Cholera in India, 1862 to 1881
Year: 1862
Disease focus: Cholera
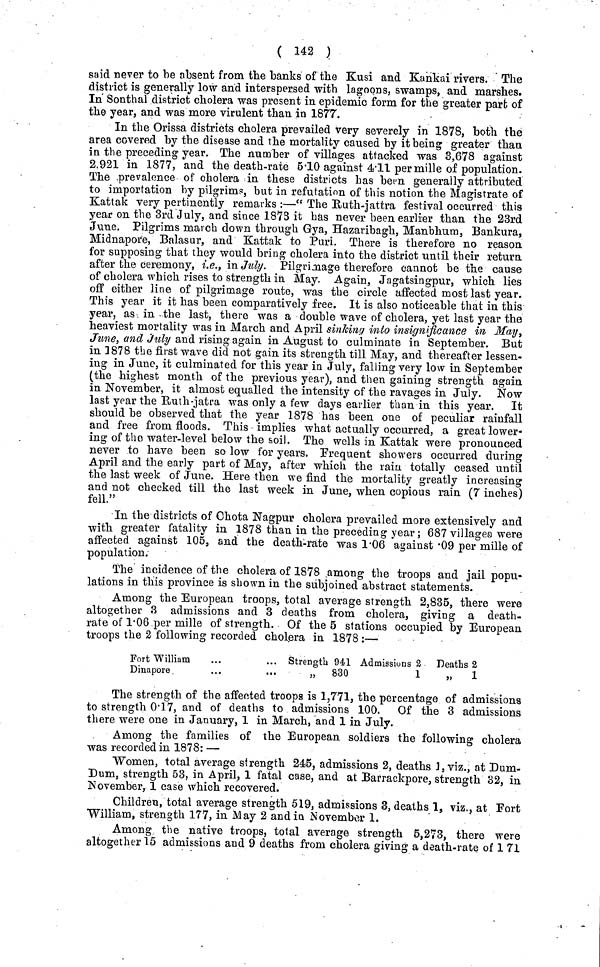
( 142 )
said never to be absent from the banks of the Kusi and Kankai rivers. The
district is generally low and interspersed with lagoons, swamps, and marshes.
In Sonthal district cholera was present in epidemic form for the greater part of
the year, and was more virulent than in 1877.
In the Orissa districts cholera prevailed very severely in 1878, both the
area covered by the disease and the mortality caused by it being greater than
in the preceding year. The number of villages attacked was 3,678 against
2.921 in 1877, and the death-rate 5·10 against 4·11 per mille of population.
The prevalence of cholera in these districts has been generally attributed
to importation by pilgrims, but in refutation of this notion the Magistrate of
Kattak very pertinently remarks :—" The Huth-jattra festival occurred this
year on the 3rd July, and since 1873 it has never been earlier than the 23rd
June. Pilgrims march down through Gya, Hazaribagh, Manbhum, Bankura,
Midnapore, Balasur, and Kattak to Puri. There is therefore no reason
for supposing that they would bring cholera into the district until their return
after the ceremony, i.e., in July. Pilgrimage therefore cannot be the cause
of cholera which rises to strength in May. Again, Jagatsingpur, which lies
off either line of pilgrimage route, was the circle affected most last year.
This year it it has been comparatively free. It is also noticeable that in this
year, as in the last, there was a double wave of cholera, yet last year the
heaviest mortality was in March and April sinking into insignificance in May,
June, and July and rising again in August to culminate in September. But
in 3878 the first wave did not gain its strength till May, and thereafter lessen-
ing in June, it culminated for this year in July, falling very low in September
(the highest month of the previous year), and then gaining strength again
in November, it almost equalled the intensity of the ravages in July. Now
last year the Ruth-jatra was only a few days earlier than in this year. It
should be observed that the year 1878 has been one of peculiar rainfall
and free from floods. This implies what actually occurred, a great lower-
ing of the water-level below the soil. The wells in Kattak were pronounced
never to have been so low for years. Frequent showers occurred during
April and the early part of May, after which the rain totally ceased until
the last week of June. Here then we find the mortality greatly increasing
and not checked till the last week in June, when copious rain (7 inches)
fell."
In the districts of Chota Nagpur cholera prevailed more extensively and
with greater fatality in 1878 than in the preceding year; 687 villages were
affected against 105, and the death-rate was 1·06 against ·09 per mille of
population.
The incidence of the cholera of 1878 among the troops and jail popu-
lations in this province is shown in the subjoined abstract statements.
Among the European troops, total average strength 2,835, there were
altogether 3 admissions and 3 deaths from cholera, giving a death-
rate of 1·06 per mille of strength. Of the 5 stations occupied by European
troops the 2 following recorded cholera in 1878 :—
Fort William
Dinapore
... Strength 941
830
Admissions 2
1
Deaths 2
„
1
The strength of the affected troops is 1,771, the percentage of admissions
to strength 0·17, and of deaths to admissions 100. Of the 3 admissions
there were one in January, 1 in March, and 1 in July.
Among the families of the European soldiers the following cholera
was recorded in 1878: —
Women, total average strength 245, admissions 2, deaths 1, viz., at Dum-
Dum, strength 53, in April, 1 fatal case, and at Barrackpore, strength 32, in
November, 1 case which recovered.
Children, total average strength 519, admissions 3, deaths 1, viz., at Fort
William, strength 177, in May 2 and in November 1.
Among the native troops, total average strength 5,273, there were
altogether 15 admissions and 9 deaths from cholera giving a death-rate of 1 71